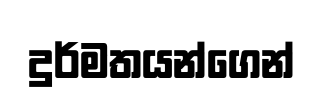
දුර්මතයන්ගෙන්